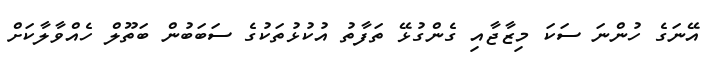
އޭނަގެ ހުންނަ ސަކަ މިޒާޖާއި ގެންގުޅޭ ތަފާތު އުކުޅުތަކުގެ ސަބަބުން ބަތޫލް ހެއްވާލާކަށް